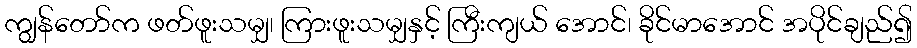
ကျွန်တော်က ဖတ်ဖူးသမျှ၊ ကြားဖူးသမျှနှင့် ကြီးကျယ် အောင်၊ ခိုင်မာအောင် အပိုင်ချည်၍